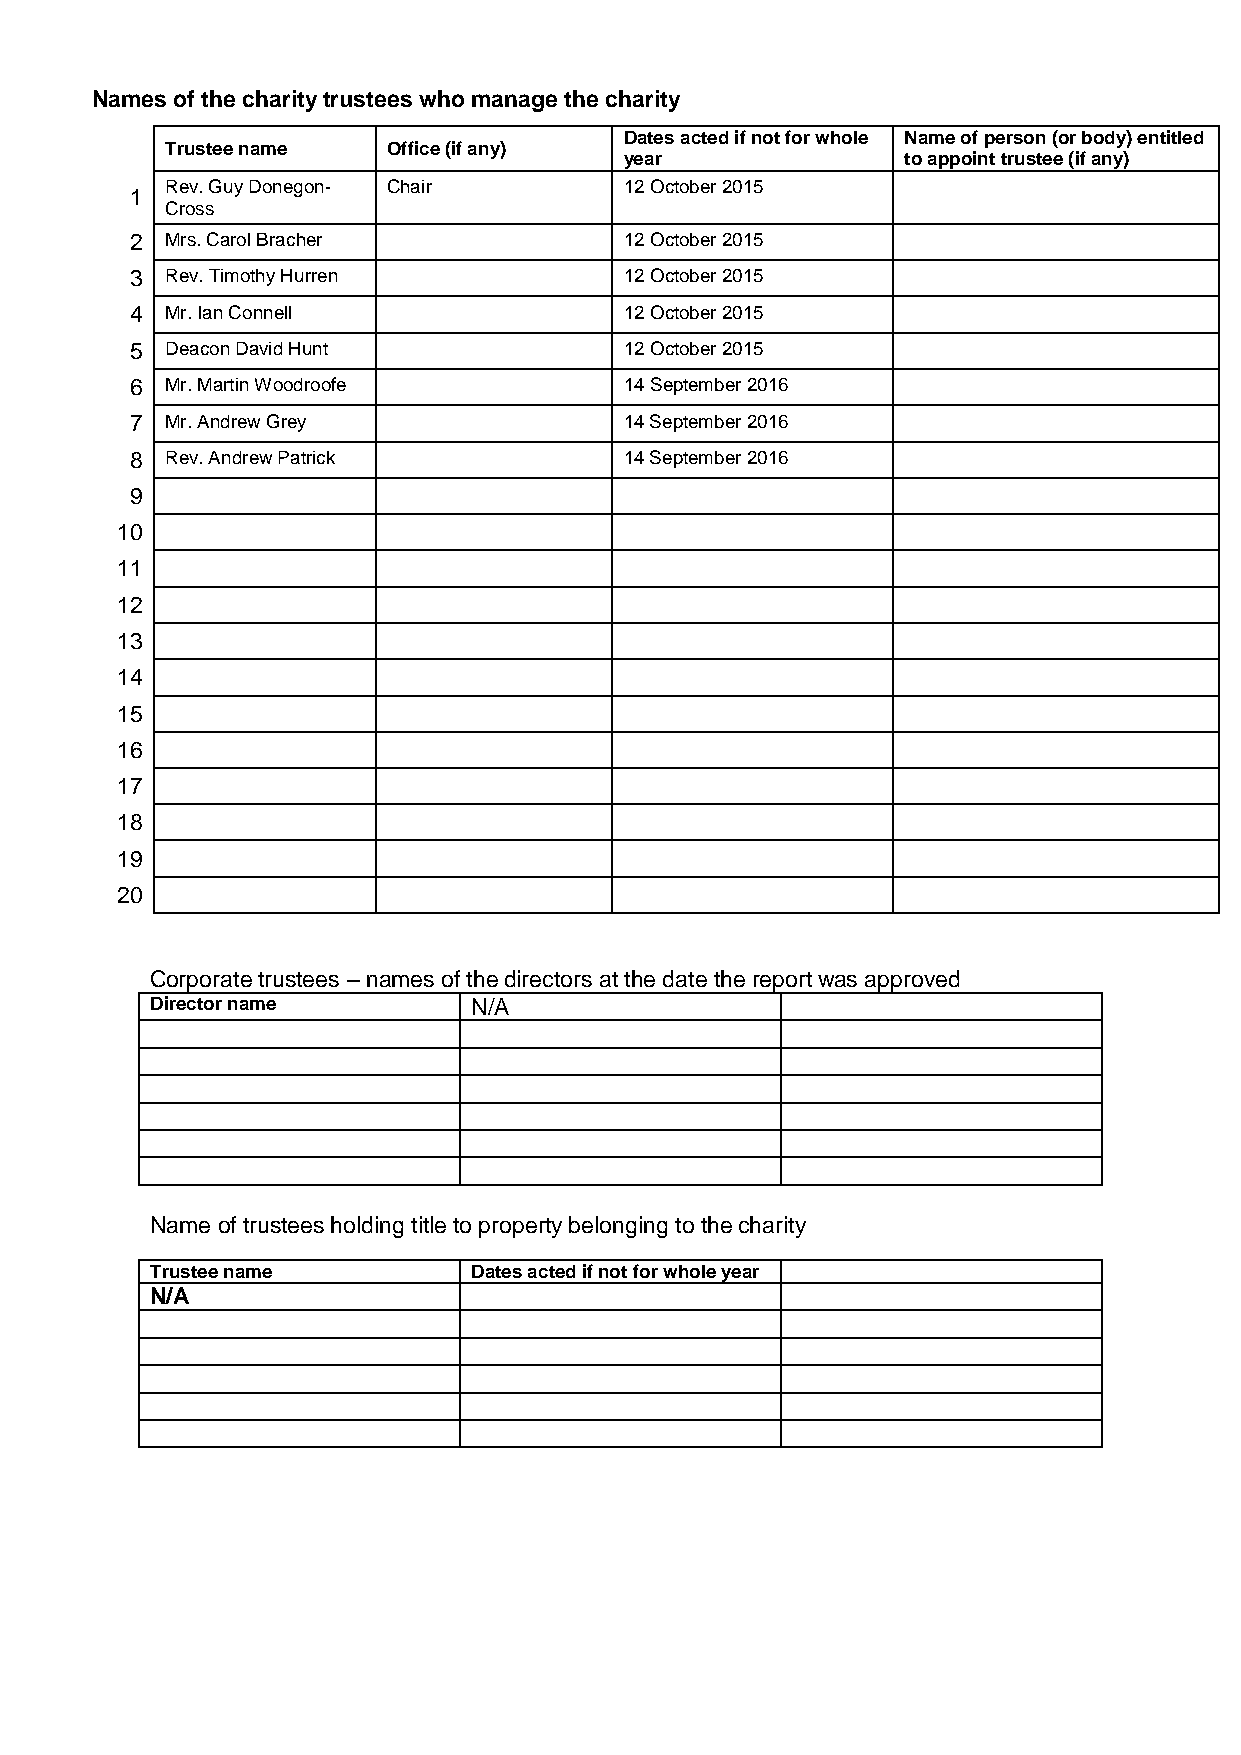
Names of the charity trustees who manage the charity
 Dates acted if not for whole Name of person (or body) entitled
 Trustee name   Office (if any)
 year               to appoint trustee (if any)
 Rev. Guy Donegon- Chair       12 October 2015
 1
 Cross
 2 Mrs. Carol Bracher            12 October 2015
 3 Rev. Timothy Hurren           12 October 2015
 4 Mr. Ian Connell               12 October 2015
 5 Deacon David Hunt             12 October 2015
 6 Mr. Martin Woodroofe          14 September 2016
 7 Mr. Andrew Grey               14 September 2016
 8 Rev. Andrew Patrick           14 September 2016
 9
 10
 11
 12
 13
 14
 15
 16
 17
 18
 19
 20
 Corporate trustees – names of the directors at the date the report was approved
 Director name        N/A
 Name of trustees holding title to property belonging to the charity
 Trustee name         Dates acted if not for whole year
 N/A